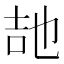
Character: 𭇠